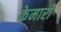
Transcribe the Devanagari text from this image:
केमारी